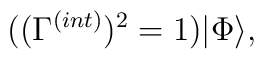
((\Gamma^{(int)})^2 = 1)|\Phi\rangle,